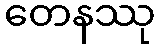
တေနဿု